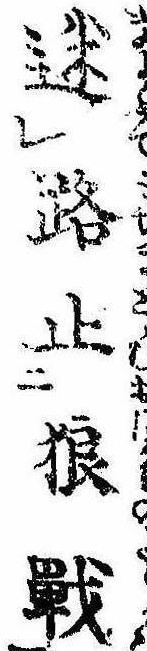
迷路止狼戦